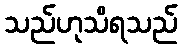
သည်ဟုသိရသည်